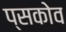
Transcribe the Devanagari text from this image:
प्सकोव